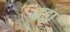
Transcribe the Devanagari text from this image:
ढड्ढा